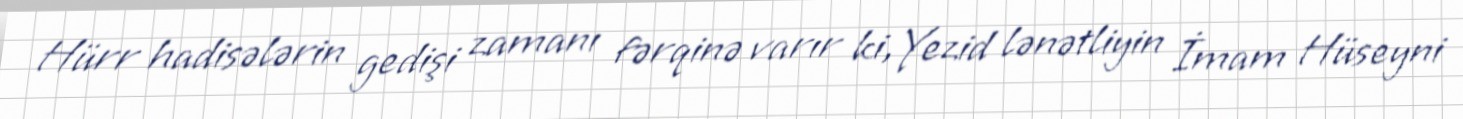
Hürr hadisələrin gedişi zamanı fərqinə varır ki, Yezid lənətliyin İmam Hüseyni